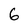
Character: 6